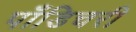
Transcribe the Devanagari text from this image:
पाँडिचरी